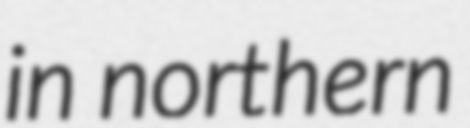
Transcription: in northern